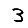
Digit: 3